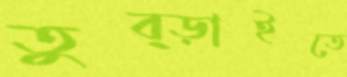
তুব্‌ড়াইতে